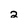
Character: 2